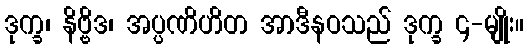
ဒုက္ခ၊ နိဗ္ဗိဒ၊ အပ္ပဏိဟိတ အာဒီနဝသည် ဒုက္ခ ၄-မျိုး။